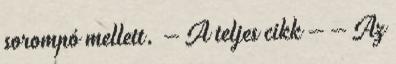
sorompó mellett. – A teljes cikk – – Az